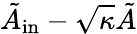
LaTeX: \tilde{A}_{\mathrm{in}}-\sqrt{\kappa}\tilde{A}